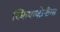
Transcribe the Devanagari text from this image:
स्कियाव्होनीला